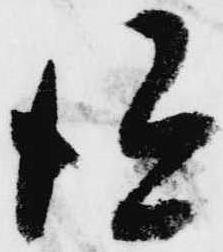
得